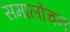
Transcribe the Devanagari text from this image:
समालोचनः